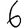
Digit: 6